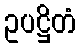
ဥပဋ္ဌိတံ